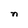
Character: n